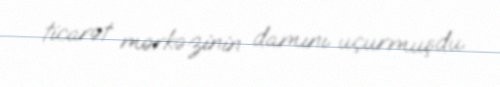
ticarət mərkəzinin damını uçurmuşdu.